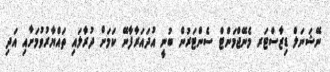
ނޭޝަނަލް ޑިޒާސްޓަރ މެނޭޖްމަންޓް ސެންޓަރުން ބުނީ އުދައަރާފާނޭ ކަމަށް ދުރާލައި ތައްޔާރުވުމަށާއި އަދި